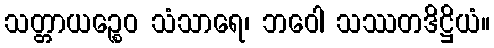
သတ္တာယဉ္စေဝ သံသာရေ၊ ဘဝေါ သဿတဒိဋ္ဌိယံ။